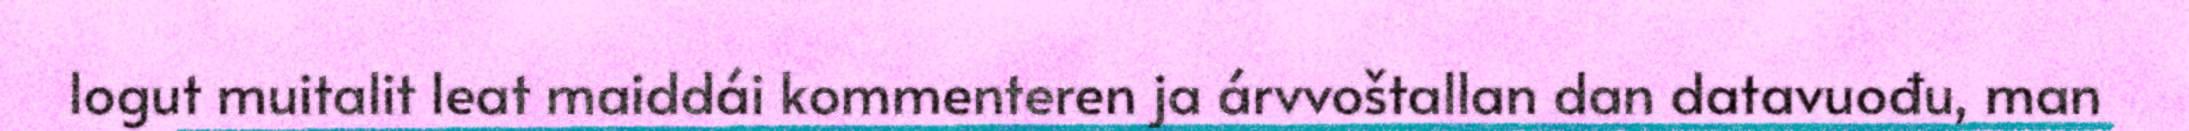
logut muitalit leat maiddái kommenteren ja árvvoštallan dan datavuođu, man